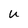
Character: u